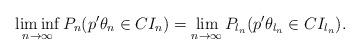
LaTeX: \begin{align*}\liminf_{n\to\infty}P_n(p^\prime \theta_n \in CI_n)=\lim_{n\to\infty}P_{l_n}(p^\prime \theta_{l_n} \in CI_{l_n}).\end{align*}